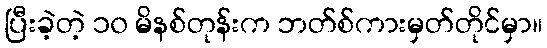
ပြီးခဲ့တဲ့ ၁၀ မိနစ်တုန်းက ဘတ်စ်ကားမှတ်တိုင်မှာ။